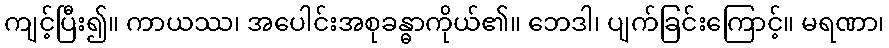
ကျင့်ပြီး၍။ ကာယဿ၊ အပေါင်းအစုခန္ဓာကိုယ်၏။ ဘေဒါ၊ ပျက်ခြင်းကြောင့်။ မရဏာ၊